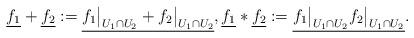
LaTeX: \begin{align*}\underline{f_1}+\underline{f_2}:=\underline{f_1\big|_{U_1\cap U_2}+f_2\big|_{U_1\cap U_2}},\underline{f_1}*\underline{f_2}:=\underline{f_1\big|_{U_1\cap U_2}f_2\big|_{U_1\cap U_2}}.\end{align*}